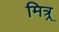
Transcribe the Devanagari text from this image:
मित्र्र